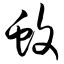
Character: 蚊